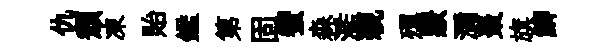
仇頽凍貽鑑第固蠁森濫親殫覈瀰棗旗鯽